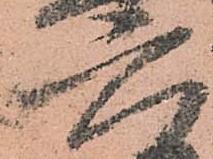
六